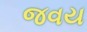
જવય